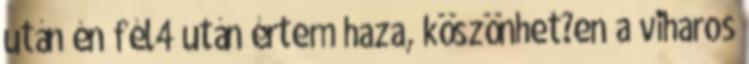
után én fél4 után értem haza, köszönhet?en a viharos